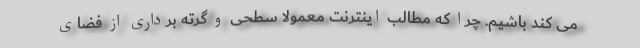
می کند باشیم. چرا که مطالب اینترنت معمولا سطحی و گرته برداری از فضای